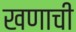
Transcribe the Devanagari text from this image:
खणाची